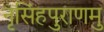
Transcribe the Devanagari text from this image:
नृसिंहपुराणमु